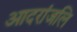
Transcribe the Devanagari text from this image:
आदरांजलि